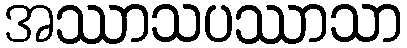
အဿာသပဿာသာ